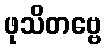
ဖုသိတဗ္ဗေ